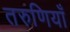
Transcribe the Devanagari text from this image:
तरुणियाँ